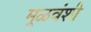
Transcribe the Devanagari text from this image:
मूळवंशी